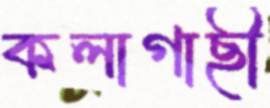
কলাগাছী